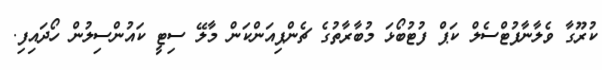
ކުރޫގާ ވެލާނާފުޓްސެލް ކަޕް ފުޓުބޯޅަ މުބާރާތުގެ ޗެންޕިއަންކަން މާލޭ ސިޓީ ކައުންސިލުން ހޯދައިފި.